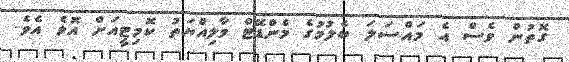
ގޮތުން ވެސް އެ މައްސަލަ ބެލުމުގެ މެންޑޭޓް މާލިއްޔަތު ކޮމިޓީއަށް އޮވެ އެވެ.